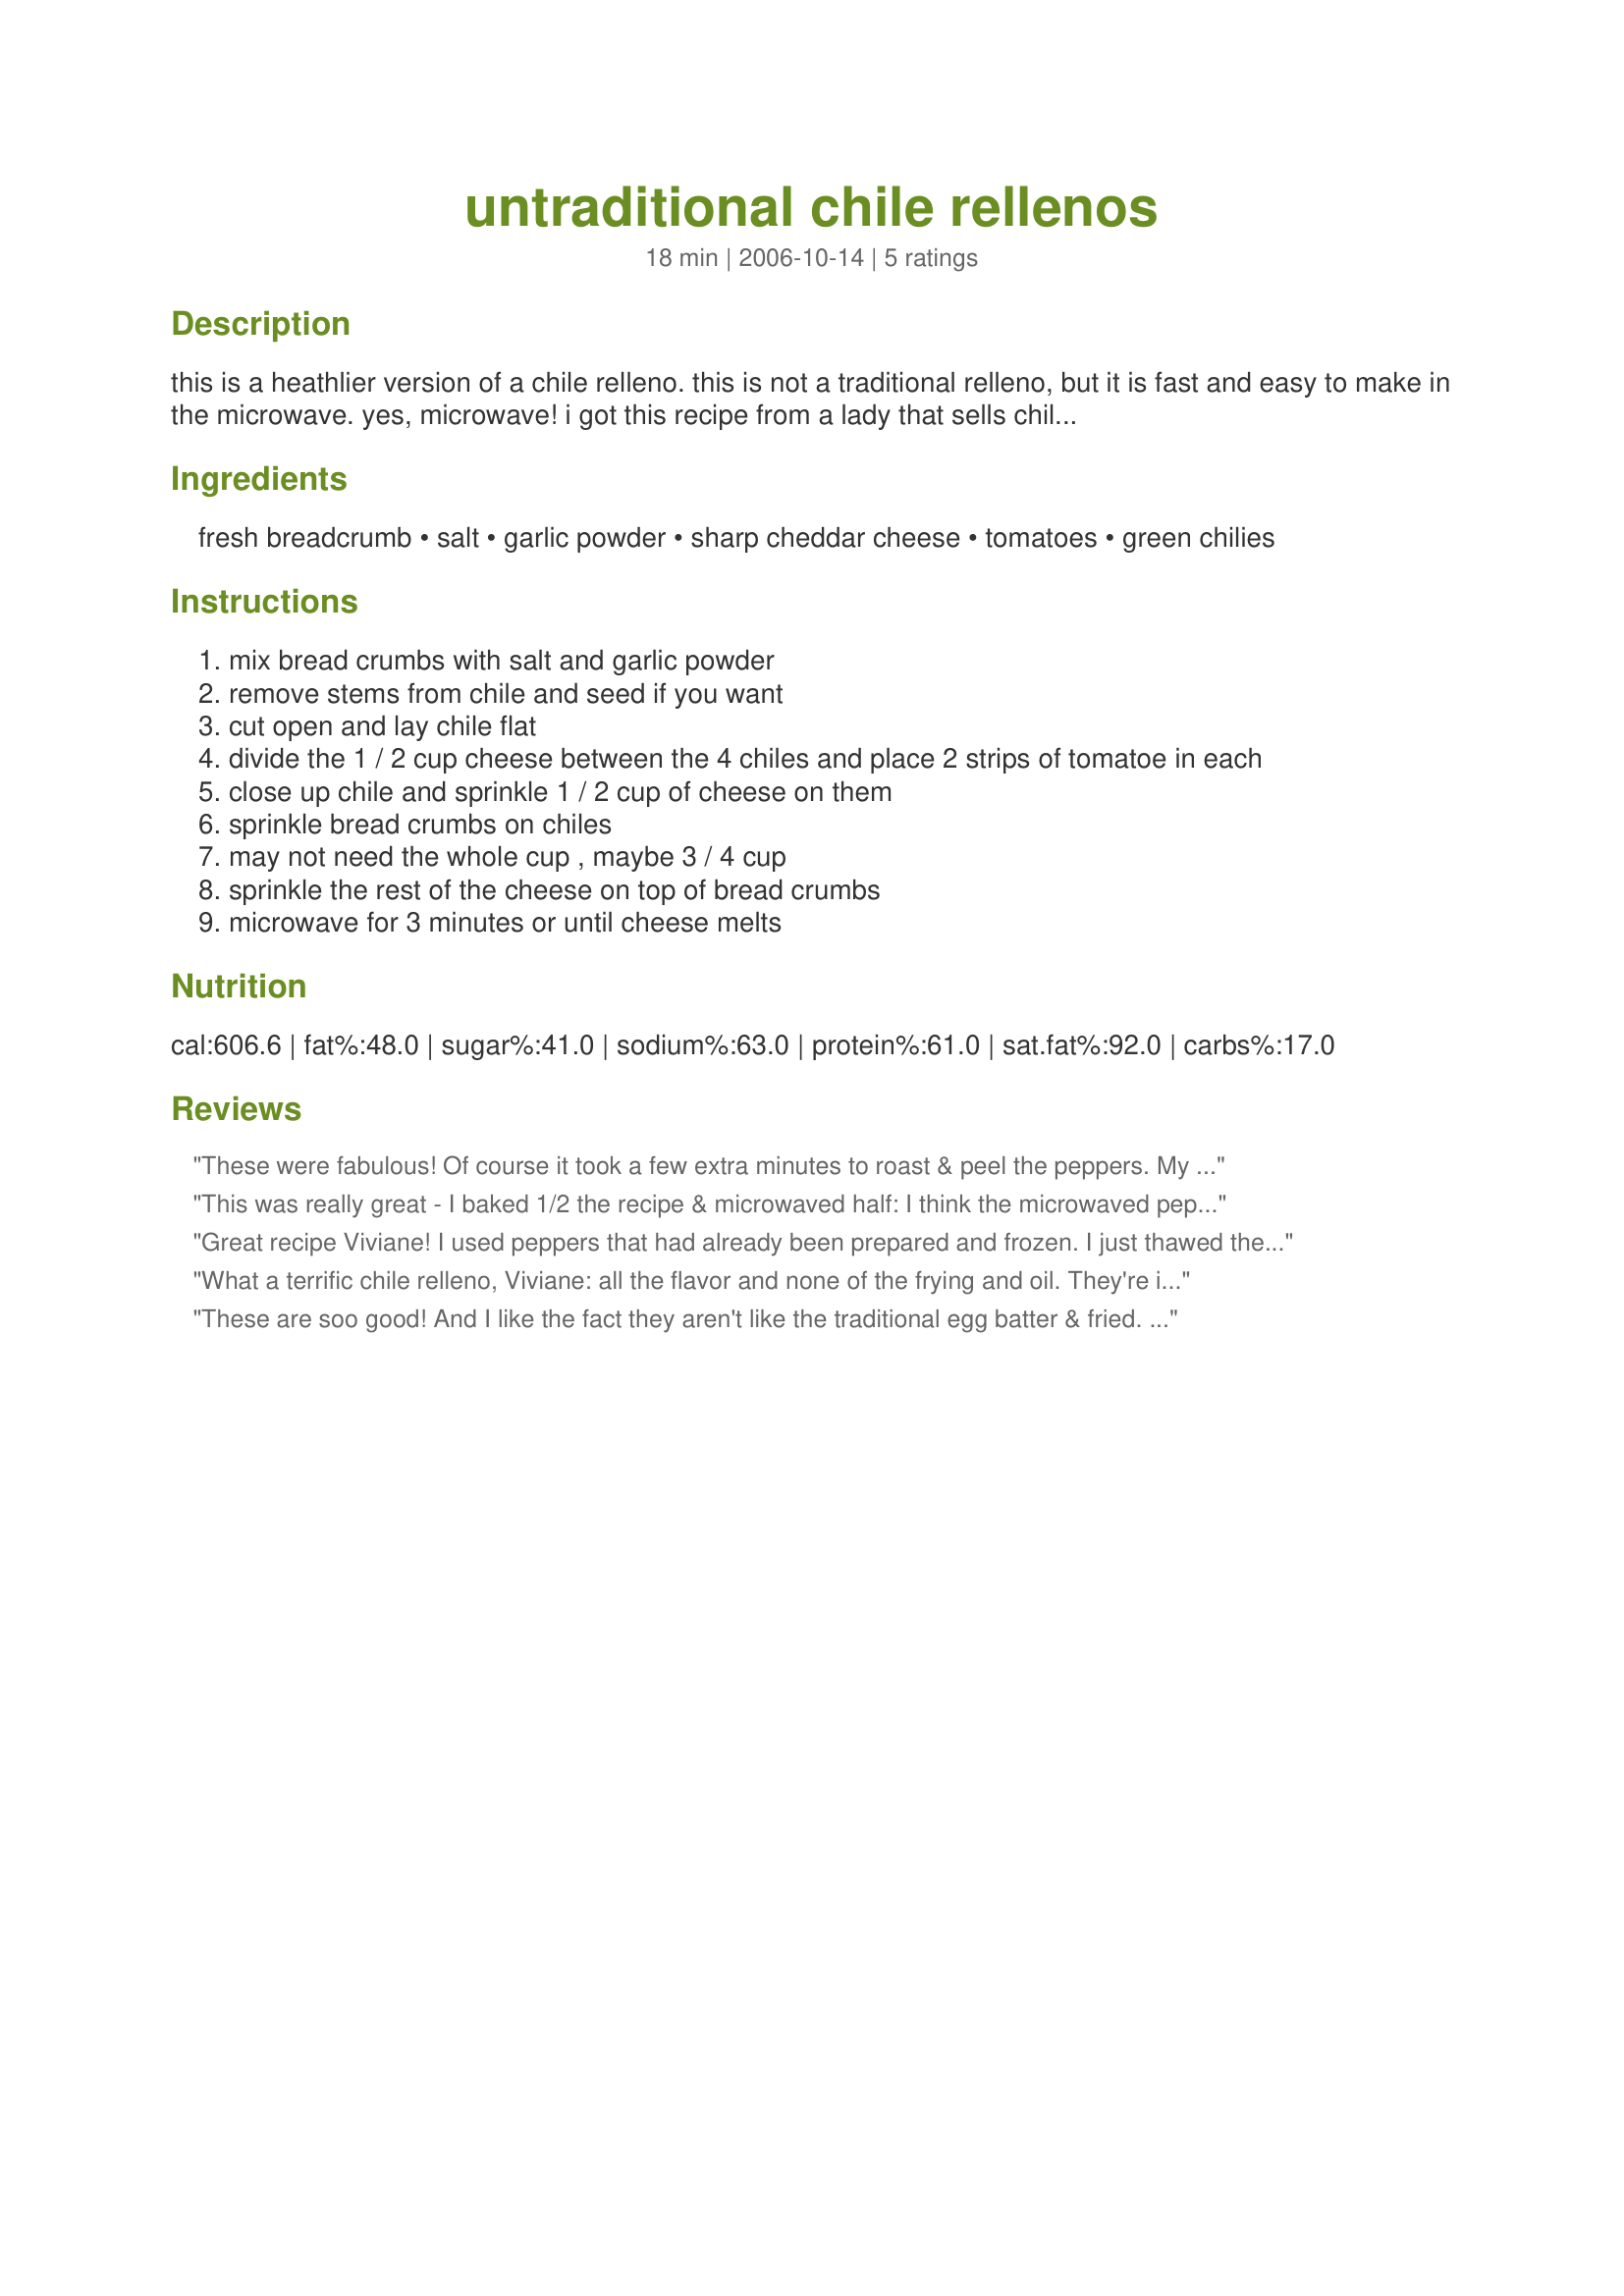
untraditional chile rellenos
Preparation time: 18 minutes

this is a heathlier version of a chile relleno. this is not a traditional relleno, but it is fast and easy to make in the microwave. yes, microwave! i got this recipe from a lady that sells chile at the farmers market and i tried and really liked it for a quick chile relleno fix! hope you like it too. you can use whatever cheese you want and use prepared bread crumbs if you want. i included step by step photos to help make these.

Ingredients:
fresh breadcrumb, salt, garlic powder, sharp cheddar cheese, tomatoes, green chilies

Steps:
mix bread crumbs with salt and garlic powder
remove stems from chile and seed if you want
cut open and lay chile flat
divide the 1 / 2 cup cheese between the 4 chiles and place 2 strips of tomatoe in each
close up chile and sprinkle 1 / 2 cup of cheese on them
sprinkle bread crumbs on chiles
may not need the whole cup , maybe 3 / 4 cup
sprinkle the rest of the cheese on top of bread crumbs
microwave for 3 minutes or until cheese melts

Reviews:
These were fabulous! Of course it took a few extra minutes to roast & peel the peppers. My silly kids thought the poblanos were 'hot'. Oy. I also added some shredded chicken that I had. They were a bit overstuffed but still yummy. I used a 2c bag of shredded Mexican cheese blend. I started with 3/4c bread crumbs but didn't use more than 1/4c. It was so nice to have it done ahead & just press START when we were ready to eat! Made for PAC Spring '07.
This was really great - I baked 1/2 the recipe & microwaved half: I think the microwaved pepper was better! You could add other things to this easily: chopped veges or meat in the pepper before you top it.
Even better the second day. Thanks for a good one!
Great recipe Viviane! I used peppers that had already been prepared and frozen. I just thawed them ahead of time,stuffed them and popped them into the microwave. I used ground beef and pepper jack for the filling and topped with cheddar and crumbled tortilla chips. For garnish, I added pico de gallo and sour cream. It was a good quick dinner!
What a terrific chile relleno, Viviane: all the flavor and none of the frying and oil. They're incredibly good and we'll definitely be having this again. I used panko for the breadcrumbs and pasilla chiles.
These are soo good! And I like the fact they aren't like the traditional egg batter & fried. And they were easy, tasty and a great little afternoon snack. I did have issues trying to roast the chilies, but those were my own issues. Viviane was so helpful to me trying to figure out where I went wrong. With her help I was able to achieve what I needed to make this fabulous treat! Thanks again Viviane!
